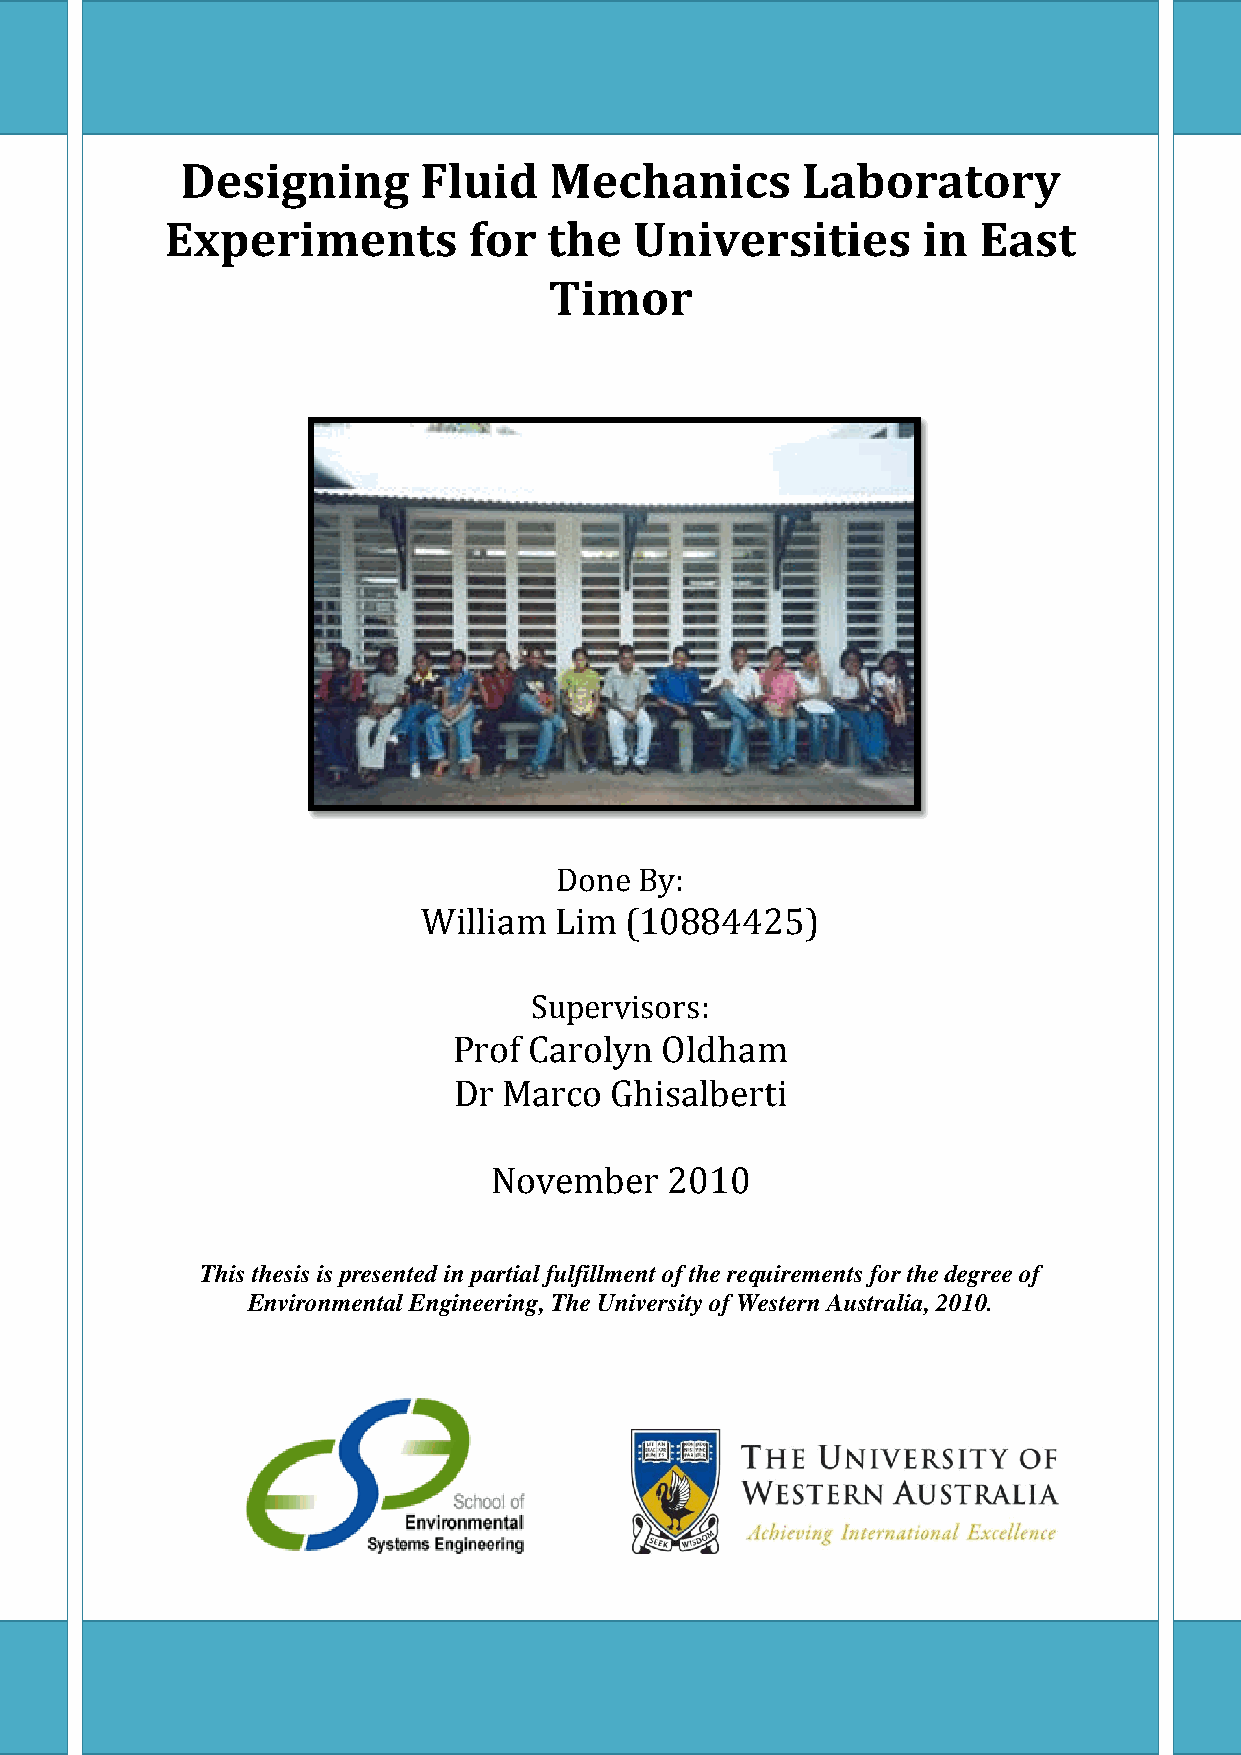
Designing       Fluid   Mechanics        Laboratory
 Experiments         for  the   Universities       in  East
 Timor
 Done By:
 William  Lim (10884425)
 Supervisors:
 Prof Carolyn  Oldham
 Dr Marco  Ghisalberti
 November    2010
 This thesis is presented in partial fulfillment of the requirements for the degree of
 Environmental Engineering, The University of Western Australia, 2010.